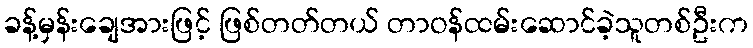
ခန့်မှန်းချေအားဖြင့် ဖြစ်တတ်တယ် တာဝန်ထမ်းဆောင်ခဲ့သူတစ်ဦးက